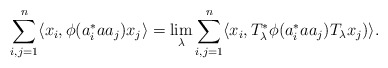
\begin{align*} \sum_{i,j=1}^n \langle x_i, \phi(a_i^\ast a a_j) x_j\rangle = \lim_\lambda \sum_{i,j=1}^n \langle x_i, T_\lambda^\ast \phi(a_i^\ast a a_j)T_\lambda x_j)\rangle.\end{align*}